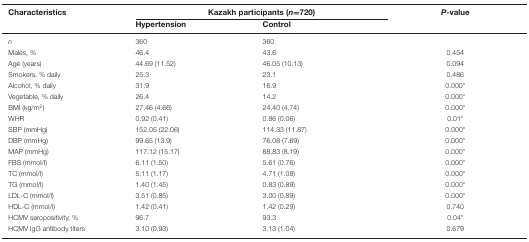
<table><thead><tr><td><b>Characteristics</b></td><td colspan="2"><b>Kazakh participants (<i>n</i>=720)</b></td><td><b><i>P</i>-value</b></td></tr><tr><td></td><td><b>Hypertension</b></td><td><b>Control</b></td><td></td></tr></thead><tbody><tr><td><i>n</i></td><td>360</td><td>360</td><td></td></tr><tr><td>Males, %</td><td>46.4</td><td>43.6</td><td>0.454</td></tr><tr><td>Age (years)</td><td>44.69 (11.52)</td><td>46.05 (10.13)</td><td>0.094</td></tr><tr><td>Smokers, % daily</td><td>25.3</td><td>23.1</td><td>0.486</td></tr><tr><td>Alcohol, % daily</td><td>31.9</td><td>16.9</td><td>0.000*</td></tr><tr><td>Vegetable, % daily</td><td>26.4</td><td>14.2</td><td>0.000*</td></tr><tr><td>BMI (kg/m<sup>2</sup>)</td><td>27.46 (4.66)</td><td>24.40 (4.74)</td><td>0.000*</td></tr><tr><td>WHR</td><td>0.92 (0.41)</td><td>0.86 (0.06)</td><td>0.01*</td></tr><tr><td>SBP (mmHg)</td><td>152.05 (22.06)</td><td>114.33 (11.87)</td><td>0.000*</td></tr><tr><td>DBP (mmHg)</td><td>99.65 (13.9)</td><td>76.08 (7.69)</td><td>0.000*</td></tr><tr><td>MAP (mmHg)</td><td>117.12 (15.17)</td><td>88.83 (8.19)</td><td>0.000*</td></tr><tr><td>FBS (mmol/l)</td><td>6.11 (1.50)</td><td>5.61 (0.76)</td><td>0.000*</td></tr><tr><td>TC (mmol/l)</td><td>5.11 (1.17)</td><td>4.71 (1.08)</td><td>0.000*</td></tr><tr><td>TG (mmol/l)</td><td>1.40 (1.45)</td><td>0.83 (0.89)</td><td>0.000*</td></tr><tr><td>LDL-C (mmol/l)</td><td>3.51 (0.85)</td><td>3.00 (0.89)</td><td>0.000*</td></tr><tr><td>HDL-C (mmol/l)</td><td>1.42 (0.41)</td><td>1.42 (0.29)</td><td>0.740</td></tr><tr><td>HCMV seropositivity, %</td><td>96.7</td><td>93.3</td><td>0.04*</td></tr><tr><td>HCMV IgG antibody titers</td><td>3.10 (0.93)</td><td>3.13 (1.04)</td><td>0.679</td></tr></tbody></table>